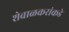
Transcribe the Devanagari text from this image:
शेवाळकरांकडे